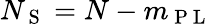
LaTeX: N_{\mathrm{~S~}}=N-m_{\mathrm{~P~L~}}